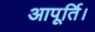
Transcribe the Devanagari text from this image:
आपूर्ति।